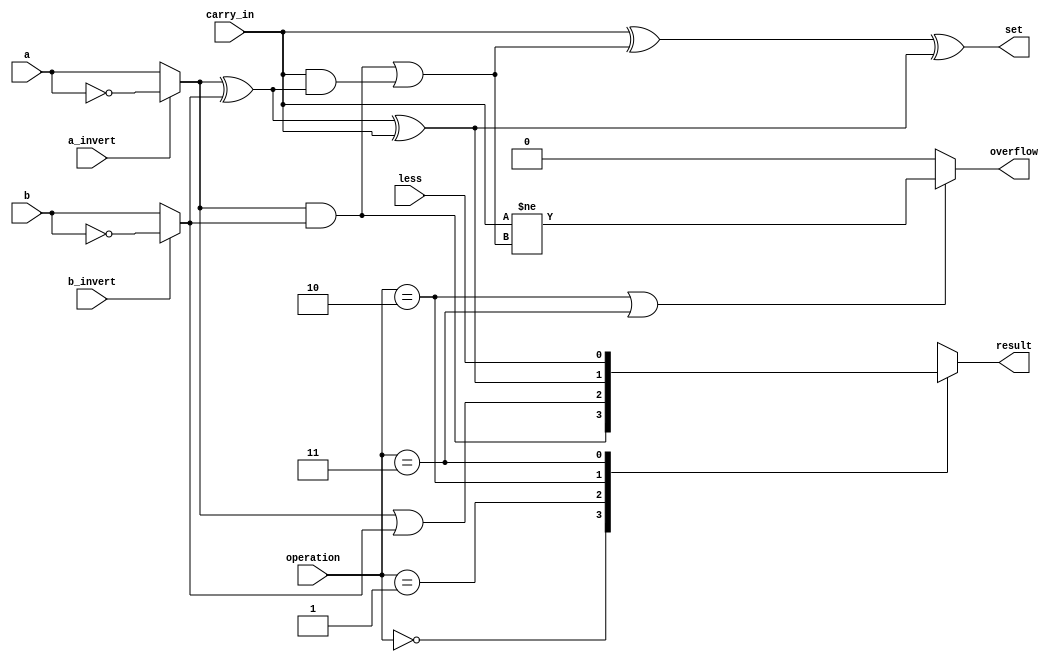
//////////////////////////////////////////////////////////////////////////////////
// Company: 
// Engineer: 
// 
// Design Name: 
// Module Name: msb_bit_alu
// Project Name: 
// Target Devices: 
// Tool Versions: 
// Description: 
// 
// Dependencies: 
// 
// Revision:
// Revision 0.01 - File Created
// Additional Comments:
// 
//////////////////////////////////////////////////////////////////////////////////
`timescale 1ns / 1ps
// <111550012>

/* checkout FIGURE C.5.10 (Bottom) */
/* [Prerequisite] complete bit_alu.v */
module msb_bit_alu (
    input        a,          // 1 bit, a
    input        b,          // 1 bit, b
    input        less,       // 1 bit, Less
    input        a_invert,   // 1 bit, Ainvert
    input        b_invert,   // 1 bit, Binvert
    input        carry_in,   // 1 bit, CarryIn
    input  [1:0] operation,  // 2 bit, Operation
    output reg   result,     // 1 bit, Result (Must it be a reg?)
    output       set,        // 1 bit, Set
    output       overflow    // 1 bit, Overflow
);

    /* Try to implement the most significant bit ALU by yourself! */
     /* [step 1] invert input on demand */
    wire ai, bi;  
    assign ai = a_invert ? ~a : a;  
    assign bi = b_invert ? ~b : b;

    /* [step 2] implement a 1-bit full adder */
    wire sum;
    wire carry_out; 
    assign carry_out = (ai & bi) | (carry_in & (ai ^ bi)) ;
    assign sum       = (ai ^ bi )^ carry_in;
    
    assign overflow  = ((operation == 2'b10)||(operation == 2'b11))? (carry_in != carry_out):'b0; //CarryIn of MSB != CarryOut of MSB
    assign overflow_count =  carry_in ^ carry_out;
    assign set       = (overflow_count) ^ sum;
    /* [step 3] using a mux to assign result */
       always @(*) begin  // `*` auto captures sensitivity ports, now it's combinational logic
            case (operation)  // `case` is similar to `switch` in C
                2'b00:   result <= ai & bi;  // AND
                2'b01:   result <= ai | bi;  // OR
                2'b10:   result <= sum;  // ADD
                2'b11:   result <= less;  // SLT
                default: result <= 0;  // should not happened
            endcase
        end
    // assign result = operation[1] ? (operation[0] ? less : sum) : (operation[0] ? (ai | bi) : (ai & bi));
endmodule